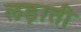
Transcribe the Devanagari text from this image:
लड़ाती